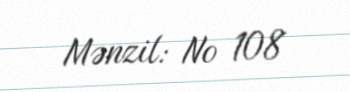
Mənzil: № 108